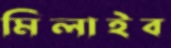
মিলাইব